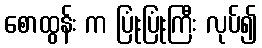
စောထွန်း က ပြုံးပြုံးကြီး လုပ်၍